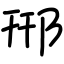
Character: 郉